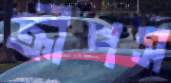
ক্রীপস